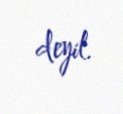
deyil.